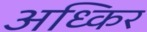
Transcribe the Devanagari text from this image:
अध्किर